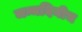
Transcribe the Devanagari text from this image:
जन्मदिनीच